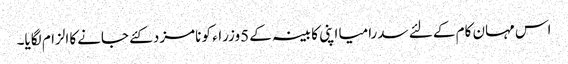
اس مہان کام کے لئے سدرامیا اپنی کابینہ کے 5وزراء کو نامزد کئے جانےکا الزام لگایا۔